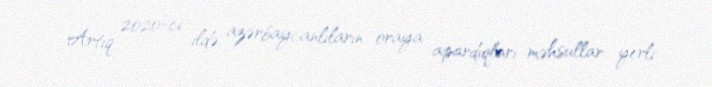
Artıq 2020-ci ildə azərbaycanlıların oraya apardıqları məhsullar yerli